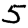
Digit: 5